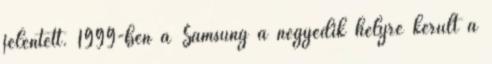
jelentett. 1999-ben a Samsung a negyedik helyre került a